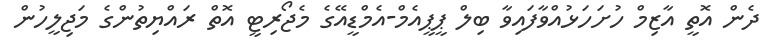
ދެން އޮތީ އާޒިމް ހުށަހަޅުއްވާފައިވާ ބިލް ޕީޕީއެމް-އެމްޑީއޭގެ މެޖޯރިޓީ އޮތް ރައްޔިތުންގެ މަޖިލީހުން